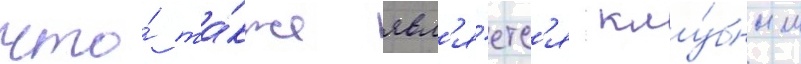
что́ та́кже явл'я́етс'я клу́бным